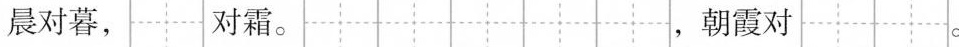
晨对暮， 对霜。 ，朝霞对 。